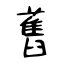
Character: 舊